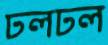
ঢলঢল